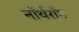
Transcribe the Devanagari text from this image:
नॉर्थरॉप